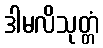
ဒါမလိသုတ္တံ